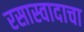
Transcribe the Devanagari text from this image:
रसास्वादाचा